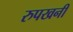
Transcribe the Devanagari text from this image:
रुपखनी